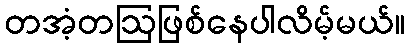
တအံ့တဩဖြစ်နေပါလိမ့်မယ်။